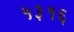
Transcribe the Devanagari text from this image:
५३१६